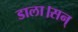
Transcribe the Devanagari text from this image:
डाला।सन्